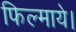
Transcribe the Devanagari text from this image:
फिल्माये।